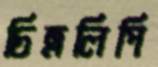
চিত্রলিপি